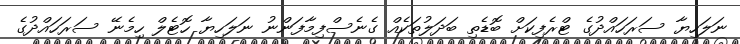
ނަލަހިިޔާ ސަރަހައްދުގެ ޓްރެފިކަށް ބޮޑެތި ބަދަލުތަކެއް ގެނެސްފިމާފަންނު ނަލަހިޔާ ހޮޓެލް ހިމެނޭ ސަރަހައްދުގެ